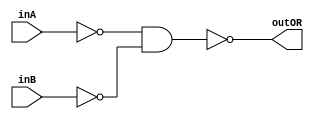
/* CSED273 lab1 experiment 2_ii */
/* lab1_2_ii.v */


/* Implement OR with {AND, NOT}
 * You are only allowed to wire modules together */
module lab1_2_ii(outOR, inA, inB);
    output wire outOR;
    input wire inA, inB;

    wire nA, nB, andAB;
    
    not(nA, inA);
    not(nB, inB);
    and(andAB, nA, nB);
    not(outOR, andAB);

endmodule